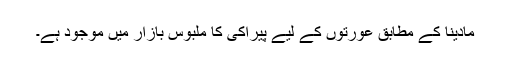
مادینا کے مطابق عورتوں کے لیے پیراکی کا ملبوس بازار میں موجود ہے۔